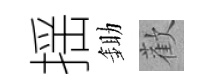
揺鋤歡